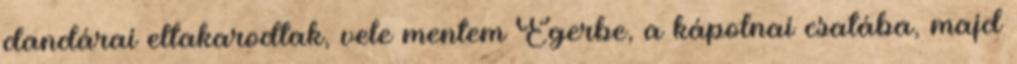
dandárai eltakarodtak, vele mentem Egerbe, a kápolnai csatába, majd